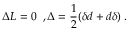
\Delta L = 0 \; \; , \Delta = \frac { 1 } { 2 } ( \delta d + d \delta ) \; .